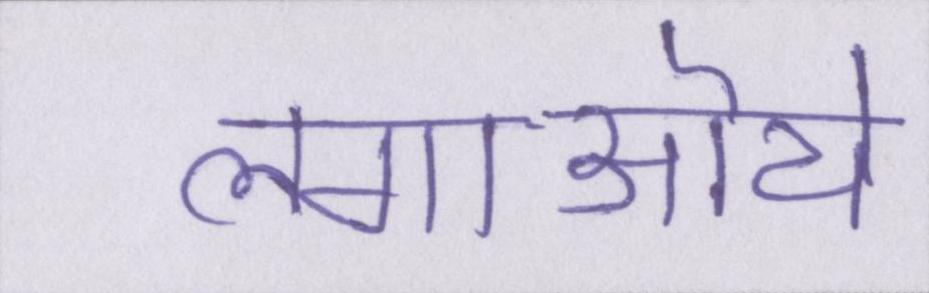
लगाऒये